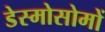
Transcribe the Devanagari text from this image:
डेस्मोसोमों